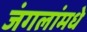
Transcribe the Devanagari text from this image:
जंगलांमधे